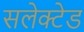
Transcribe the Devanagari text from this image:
सलेक्टेड